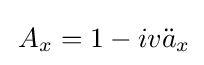
\,A_{x}=1-iv{\ddot {a}}_{x}